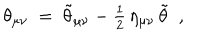
LaTeX: \theta _ { \mu \nu } ~ = ~ \tilde { \theta } _ { \mu \nu } - { \textstyle { \frac { 1 } { 2 } } } \, \eta _ { \mu \nu } \, \tilde { \theta } ~ ~ ,